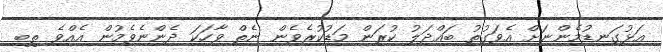
އަޅުގަނޑުމެންނަށް އެވަގުތު ބައްދަލު ކުރަން މަޑުކުރެވެން ނެތް ވާހަކަ ދެންނެވެމުން އެއްވެ ތިބި